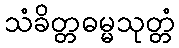
သံခိတ္တဓမ္မသုတ္တံ